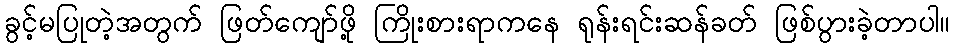
ခွင့်မပြုတဲ့အတွက် ဖြတ်ကျော်ဖို့ ကြိုးစားရာကနေ ရုန်းရင်းဆန်ခတ် ဖြစ်ပွားခဲ့တာပါ။